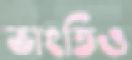
ভাংতিও